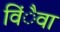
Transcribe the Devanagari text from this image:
विंैवा